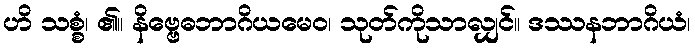
ဟိ သစ္စံ၊ ၏။ နိဗ္ဗေဓဘာဂိယမေဝ၊ သုတ်ကိုသာလျှင်။ ဒဿနဘာဂိယံ၊